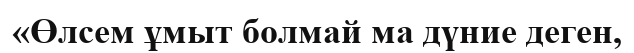
«Өлсем ұмыт болмай ма дүние деген,